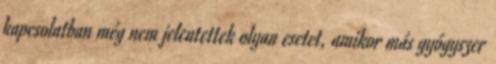
kapcsolatban még nem jelentettek olyan esetet, amikor más gyógyszer